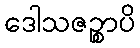
ဒေါသဇဉ္စာပိ